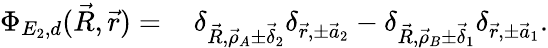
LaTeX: \begin{array}{rl}{\Phi_{E_{2},d}(\vec{R},\vec{r})=\, }&{{}\delta_{\vec{R},\vec{\rho}_{A}\pm\vec{\delta}_{2}}\delta_{\vec{r},\pm\vec{a}_{2}}-\delta_{\vec{R},\vec{\rho}_{B}\pm\vec{\delta}_{1}}\delta_{\vec{r},\pm\vec{a}_{1}}.}\end{array}